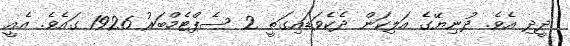
ދީދި އެވެ. ދުނިޔޭގެ އަލިކަން ދެކެވަޑައިގަތީ 2 ސެޕްޓެމްބަރު 1926 ގައެވެ. އެއީ